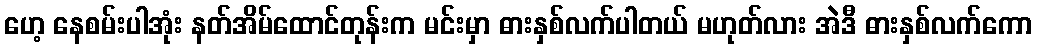
ဟေ့ နေစမ်းပါအုံး နတ်အိမ်ထောင်တုန်းက မင်းမှာ ဓားနှစ်လက်ပါတယ် မဟုတ်လား အဲဒီ ဓားနှစ်လက်ကော